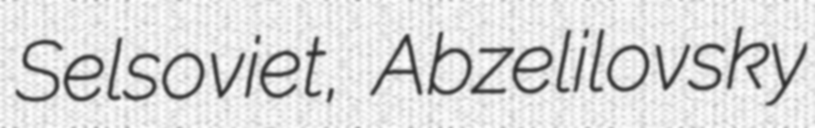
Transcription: Selsoviet, Abzelilovsky